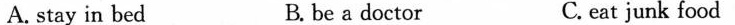
A.stay in bed B. be a doctor C. eat junk food